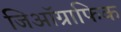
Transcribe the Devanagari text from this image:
जिऑग्राफिक